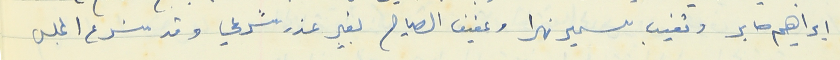
ابراهيم صابر وتغيب سمير نهرا وعفيف الصياح بغير عذر شرعي وقد شرع المجلس